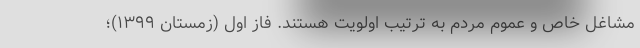
مشاغل خاص و عموم مردم به ترتیب اولویت هستند. فاز اول (زمستان ۱۳۹۹)؛